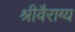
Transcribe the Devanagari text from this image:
श्रीवैराग्य